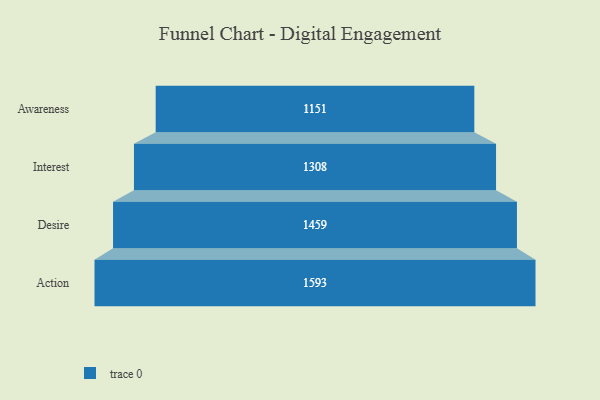
{"axis": {"x": "Stage", "y": "Value"}, "legend": [""], "data": [{"x": "Awareness", "y": 1151.0, "type": ""}, {"x": "Interest", "y": 1308.0, "type": ""}, {"x": "Desire", "y": 1459.0, "type": ""}, {"x": "Action", "y": 1593.0, "type": ""}]}